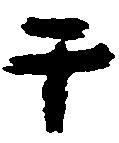
于